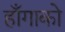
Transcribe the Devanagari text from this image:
हाँगाको